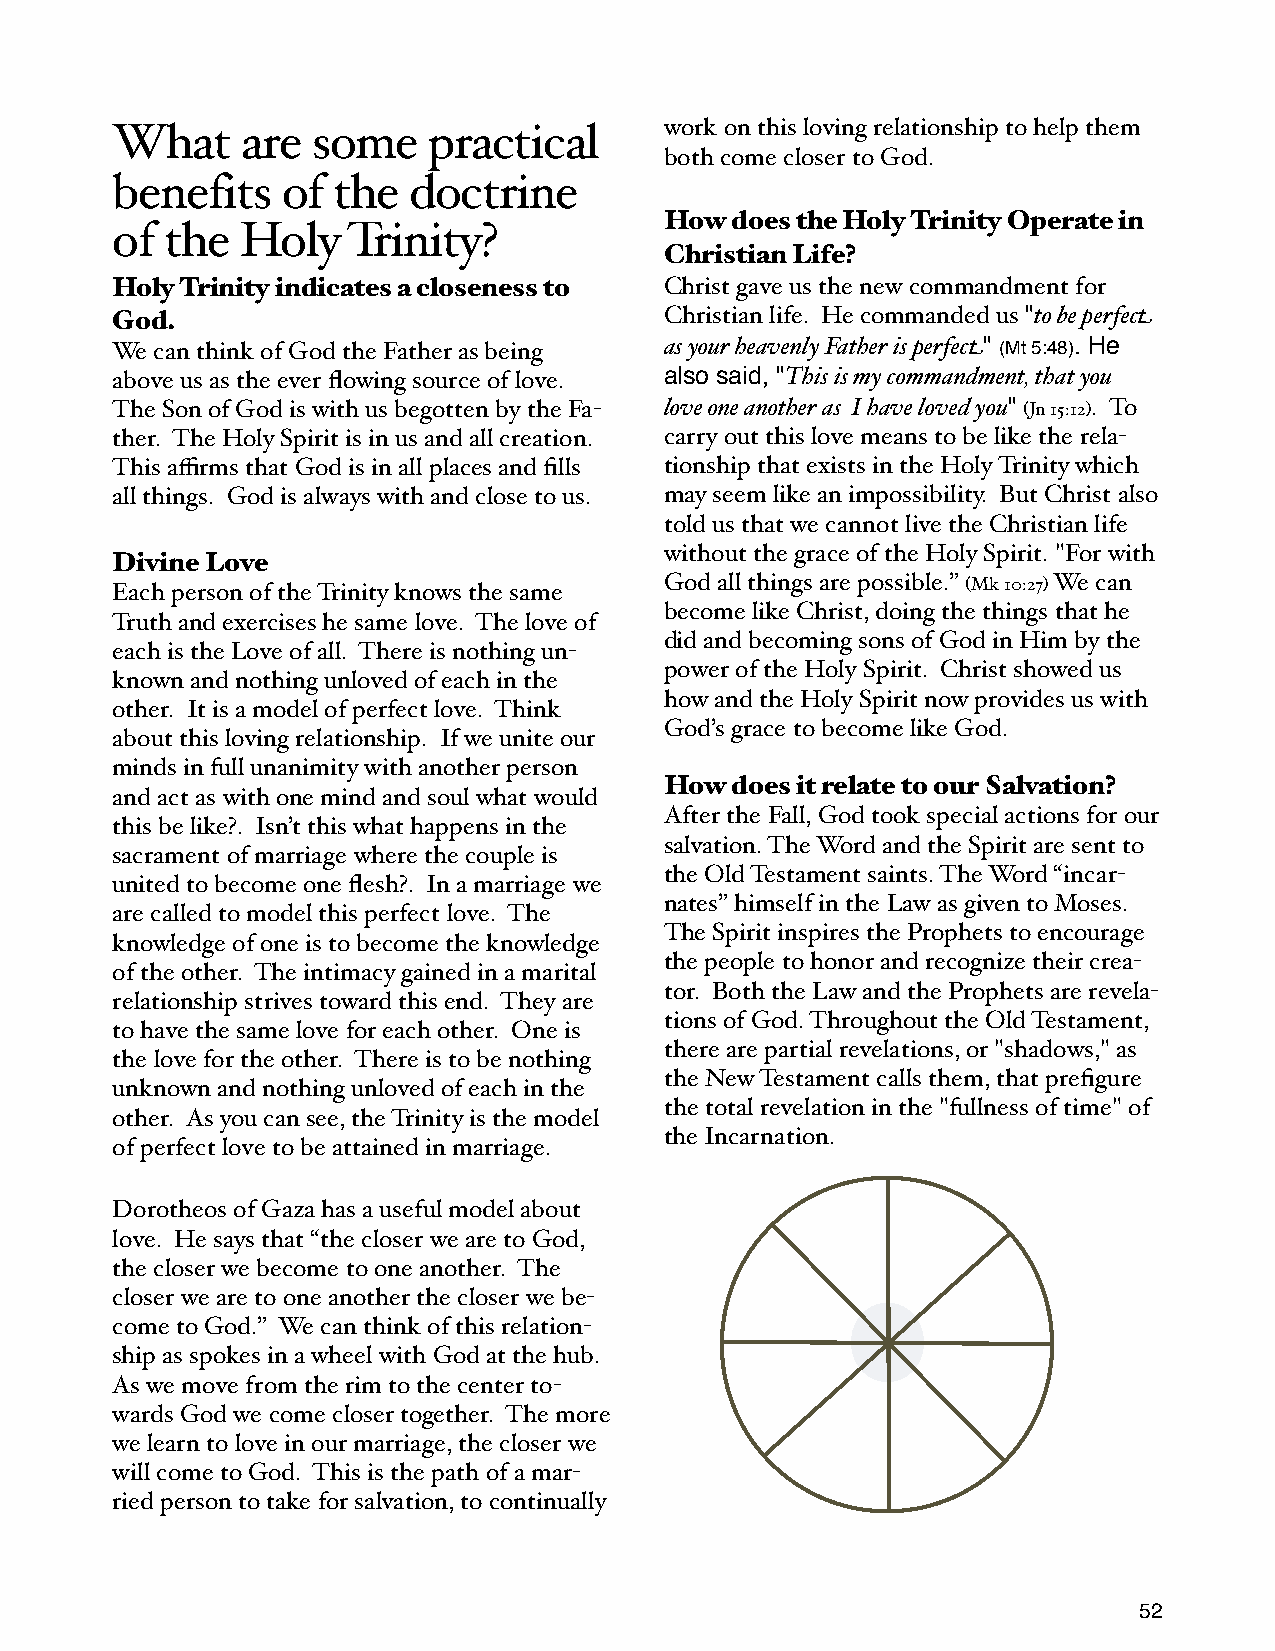
What     are  some   practical       work on this loving relationship to help them
 both come closer to God.
 benefits    of the  doctrine
 How does the Holy Trinity Operate in
 of  the  Holy   Trinity?
 Christian Life?
 Holy Trinity indicates a closeness to Christ gave us the new commandment for
 God.                                 Christian life. He commanded us "to be perfect
 We can think of God the Father as being as your heavenly Father is perfect" (Mt 5:48). He
 above us as the ever flowing source of love. also said, "This is my commandment, that you
 The Son of God is with us begotten by the Fa- love one another as I have loved you" (Jn 15:12). To
 ther. The Holy Spirit is in us and all creation. carry out this love means to be like the rela-
 This affirms that God is in all places and fills tionship that exists in the Holy Trinity which
 all things. God is always with and close to us. may seem like an impossibility. But Christ also
 told us that we cannot live the Christian life
 without the grace of the Holy Spirit. "For with
 Divine Love
 Each person of the Trinity knows the same God all things are possible.” (Mk 10:27) We can
 become like Christ, doing the things that he
 Truth and exercises he same love. The love of
 did and becoming sons of God in Him by the
 each is the Love of all. There is nothing un-
 power of the Holy Spirit. Christ showed us
 known and nothing unloved of each in the
 how and the Holy Spirit now provides us with
 other. It is a model of perfect love. Think
 God’s grace to become like God.
 about this loving relationship. If we unite our
 minds in full unanimity with another person
 How does it relate to our Salvation?
 and act as with one mind and soul what would
 After the Fall, God took special actions for our
 this be like?. Isn’t this what happens in the
 salvation. The Word and the Spirit are sent to
 sacrament of marriage where the couple is
 the Old Testament saints. The Word “incar-
 united to become one flesh?. In a marriage we
 nates” himself in the Law as given to Moses.
 are called to model this perfect love. The
 The Spirit inspires the Prophets to encourage
 knowledge of one is to become the knowledge
 the people to honor and recognize their crea-
 of the other. The intimacy gained in a marital
 tor. Both the Law and the Prophets are revela-
 relationship strives toward this end. They are
 tions of God. Throughout the Old Testament,
 to have the same love for each other. One is
 there are partial revelations, or "shadows," as
 the love for the other. There is to be nothing
 the New Testament calls them, that prefigure
 unknown and nothing unloved of each in the
 the total revelation in the "fullness of time" of
 other. As you can see, the Trinity is the model
 the Incarnation.
 of perfect love to be attained in marriage.
 Dorotheos of Gaza has a useful model about
 love. He says that “the closer we are to God,
 the closer we become to one another. The
 closer we are to one another the closer we be-
 come to God.” We can think of this relation-
 ship as spokes in a wheel with God at the hub.
 As we move from the rim to the center to-
 wards God we come closer together. The more
 we learn to love in our marriage, the closer we
 will come to God. This is the path of a mar-
 ried person to take for salvation, to continually
 52